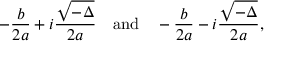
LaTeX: - { \frac { b } { 2 a } } + i { \frac { \sqrt { - \Delta } } { 2 a } } \quad { \mathrm { a n d } } \quad - { \frac { b } { 2 a } } - i { \frac { \sqrt { - \Delta } } { 2 a } } ,